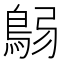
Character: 𩿴